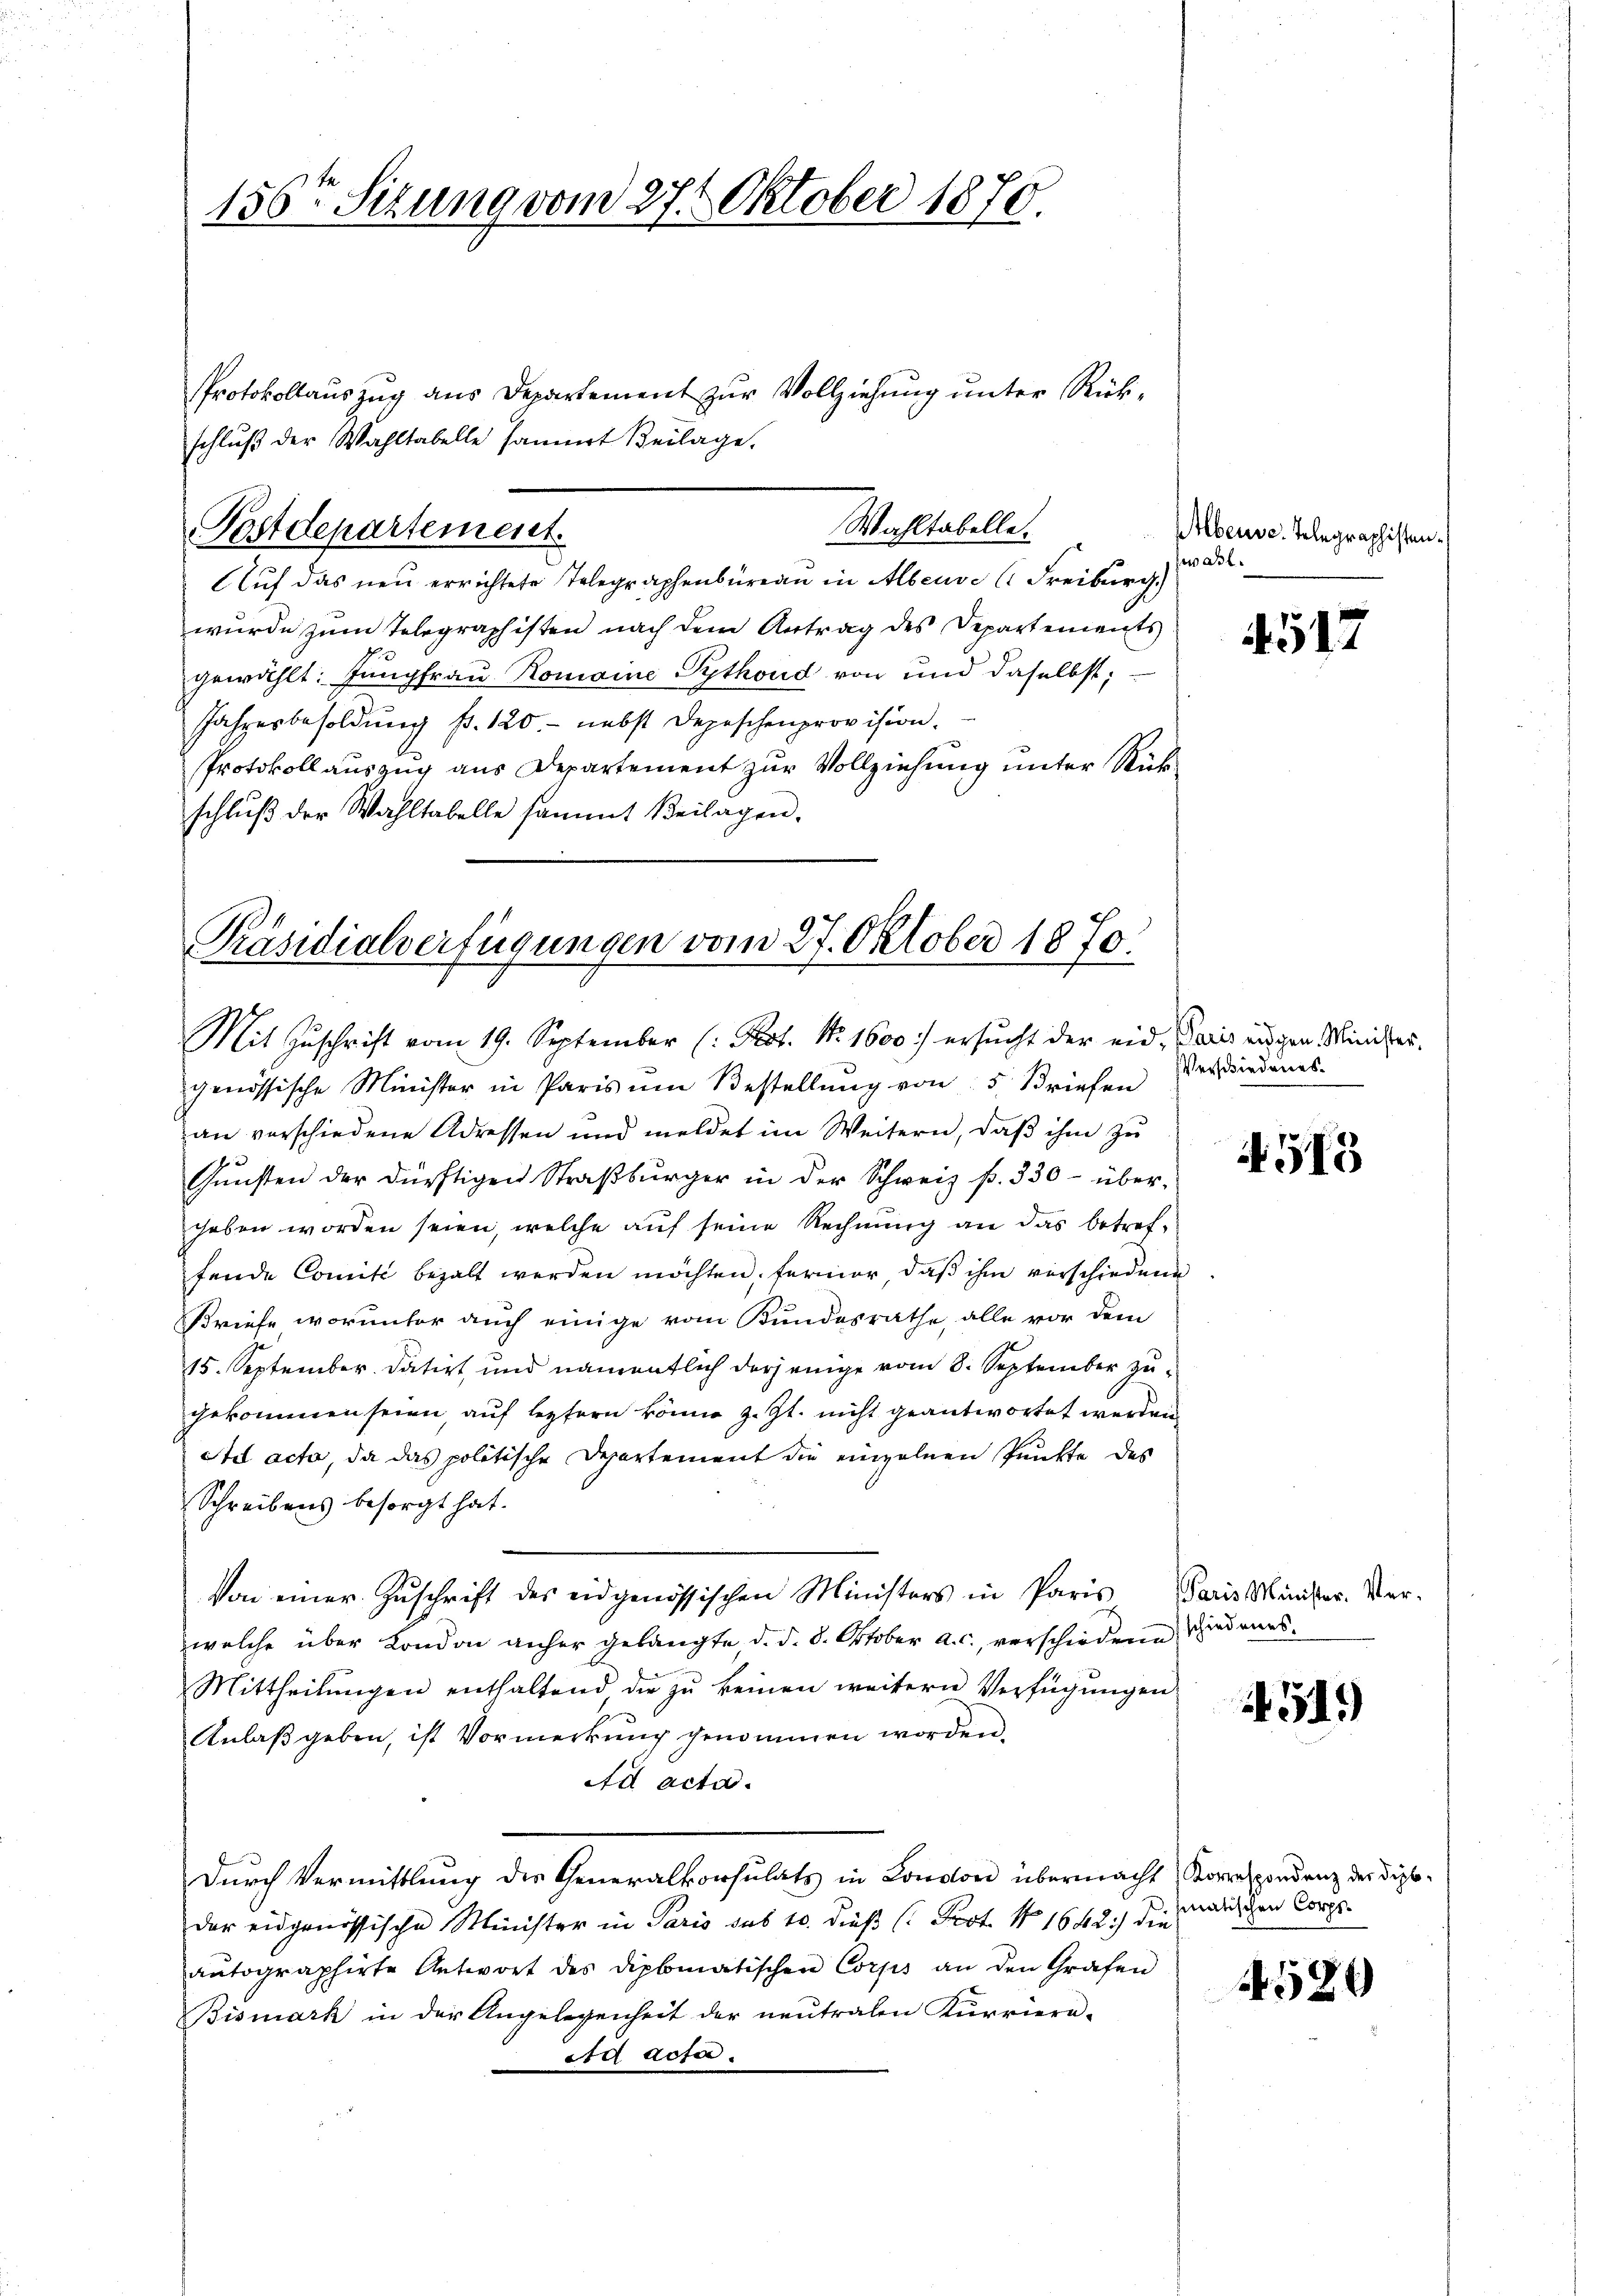
156ten Sizung vom 27. Oktober 1870.

Protokollauszug aus Departement zur Vollziehung unter Rückschlŭβ der Wahltabelle sammt Beilage.
wurde zum Telegraphisten nach dem Antrag des Departements
gewählt: Jungfrau Romaine Pythoud von und daselbst;
Jahresbesoldung pr. 120. nebst Depeschenprovision.
Protokoll auszug aus Departement zur Vollziehung unter Rückschluß der Wahltabelle sammt Beilagen.

Wahltabelle.
Postdepartement.
Auf das neu errichtete Telegraphenbureau in Abende Freiburg)

Präsidialverfügungen vom 27. Oktober 1870.
Mit Zŭschrift vom 19. September (: Prot. No. 1600 ersŭcht der eid. Paris ungen Minister-

Abeuse. Telegraphisten.
warl.

genössische Minister in Paris ŭm Bestellŭng von 5 Briefen
an verschiedene Adressen und meldet im Weitern, daß ihm zu
Gŭnsten der dürftigen Straβbürger in der Schweiz f. 330- über-
geben worden seien, welche auf seine Rechnung an das betreffende Comité bezalt werden möchten, fermor, daß ihm verschiedene
Briefe worunter auch einige vom Bundesrathe, alle vor dem
15. September. datirt und namentlich derjenige vom 8. September zugekommen seien, auf leztern könne z. Zt. nicht geantwortet werden
Ad acta, da das politische Departement die einzelnen Punkte des
Schreibens besorgt hat.
Von einer Zuschrift des eidgenössischen Ministers in Paris Paris Münster. Ver-
welche über London anher gelangte, d. d. 8. Oktober a. c., verschiedene Wiedens¬
Mittheilungen enthaltend die zu keinen weitern Verfügungen
Anlaß geben, ist Vormerkung genommen worden.
Ad acta.
Durch Vermittlung des Generalkonsulats in London übermacht, Korrespondenz der Diploder eidgenössische Minister in Paris das 10. dieß (: Prot. No 1642.) die
aŭtographirte Antwort des diplomatischen Corps an den Grafen
Bismark in der Angelegenheit der neutralen Kurriera-
ad acta.

517

Verschiedungs¬

4513

19)

hnatischen Corps.

529